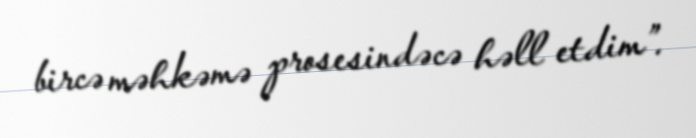
bircə məhkəmə prosesindəcə həll etdim”.